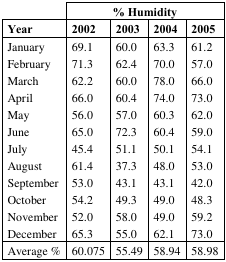
<table><thead><tr><td>[EMPTY_CELL]</td><td colspan="4"><b>% Humidity</b></td></tr><tr><td><b>Year</b></td><td><b>2002</b></td><td><b>2003</b></td><td><b>2004</b></td><td><b>2005</b></td></tr></thead><tbody><tr><td>January</td><td>69.1</td><td>60.0</td><td>63.3</td><td>61.2</td></tr><tr><td>February</td><td>71.3</td><td>62.4</td><td>70.0</td><td>57.0</td></tr><tr><td>March</td><td>62.2</td><td>60.0</td><td>78.0</td><td>66.0</td></tr><tr><td>April</td><td>66.0</td><td>60.4</td><td>74.0</td><td>73.0</td></tr><tr><td>May</td><td>56.0</td><td>57.0</td><td>60.3</td><td>62.0</td></tr><tr><td>June</td><td>65.0</td><td>72.3</td><td>60.4</td><td>59.0</td></tr><tr><td>July</td><td>45.4</td><td>51.1</td><td>50.1</td><td>54.1</td></tr><tr><td>August</td><td>61.4</td><td>37.3</td><td>48.0</td><td>53.0</td></tr><tr><td>September</td><td>53.0</td><td>43.1</td><td>43.1</td><td>42.0</td></tr><tr><td>October</td><td>54.2</td><td>49.3</td><td>49.0</td><td>48.3</td></tr><tr><td>November</td><td>52.0</td><td>58.0</td><td>49.0</td><td>59.2</td></tr><tr><td>December</td><td>65.3</td><td>55.0</td><td>62.1</td><td>73.0</td></tr><tr><td>Average %</td><td>60.075</td><td>55.49</td><td>58.94</td><td>58.98</td></tr></tbody></table>